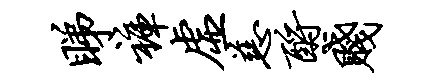
睇裤虚慈酹贱